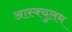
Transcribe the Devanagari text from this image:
आस्क्युलम